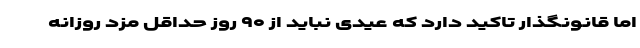
اما قانونگذار تاکید دارد که عیدی نباید از ۹۰ روز حداقل مزد روزانه